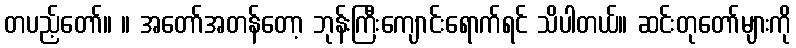
တပည့်တော်။ ။ အတော်အတန်တော့ ဘုန်းကြီးကျောင်းရောက်ရင် သိပါတယ်။ ဆင်းတုတော်များကို